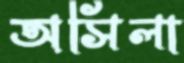
অসিলা